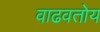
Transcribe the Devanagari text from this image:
वाढवतोय